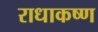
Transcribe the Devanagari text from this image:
राधाकष्‍ण